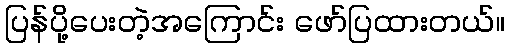
ပြန်ပို့ပေးတဲ့အကြောင်း ဖော်ပြထားတယ်။